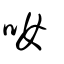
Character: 𠯆